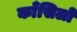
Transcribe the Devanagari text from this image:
काँसिलो